Report on the lunatic asylums under the Government of Bombay - 1904-1913
Year: 1904
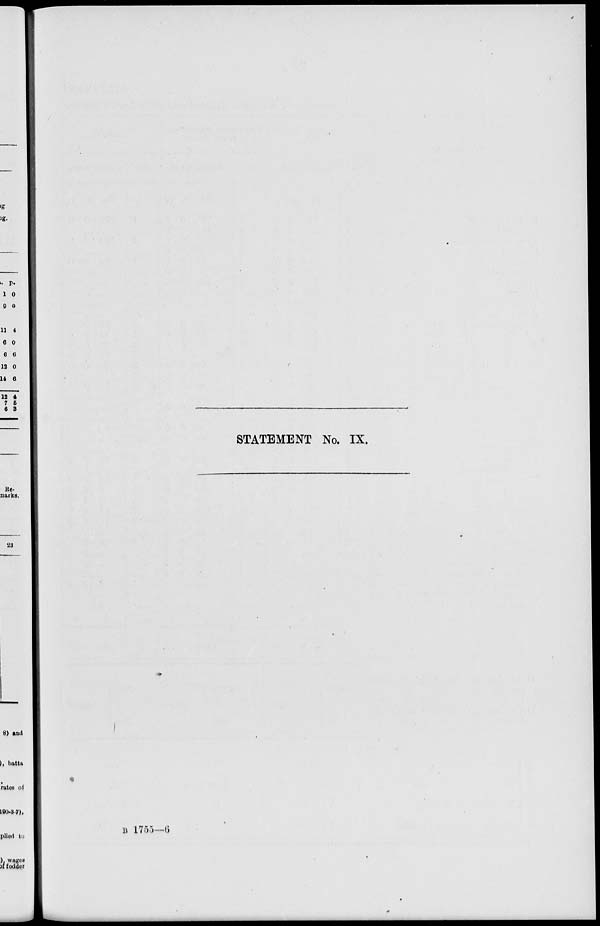
STATEMENT No. IX.
B 1755—6